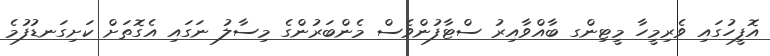
އޮފީހުގައި ވެރިމީހާ މީޓިންގ ބާއްވާއިރު ސްޓާފުންވެސް މެންބަރުންގެ މިސާލު ނަގައި އެގޮތަށް ކަށިގަނޑުފުމެ